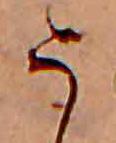
う